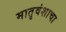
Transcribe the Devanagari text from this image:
मातृवंशाचा